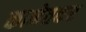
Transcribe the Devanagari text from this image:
कानेतकर